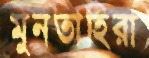
মুনতাহিরা